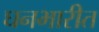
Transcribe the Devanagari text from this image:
घनभारीत